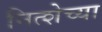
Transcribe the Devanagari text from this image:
नित्शेच्या